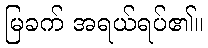
မြခက် အရယ်ရပ်၏။